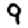
Digit: 9